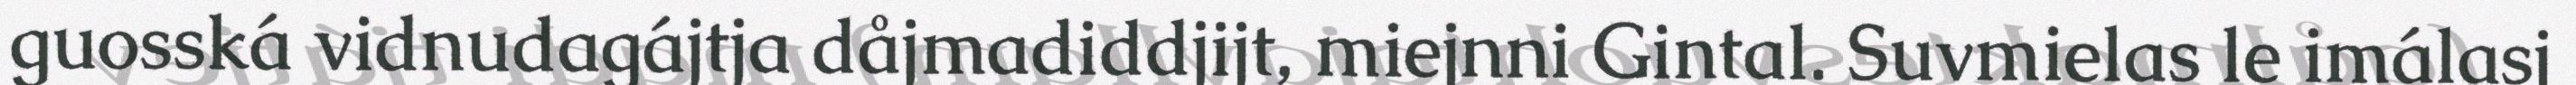
guosská vidnudagájtja dåjmadiddjijt, miejnni Gintal. Suvmielas le imálasj